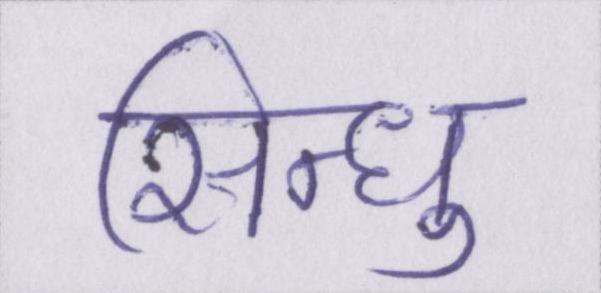
सिन्धु